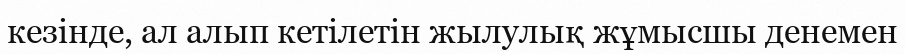
кезінде, ал алып кетілетін жылулық жұмысшы денемен